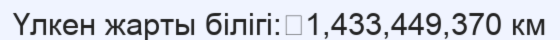
Үлкен жарты білігі:	1,433,449,370 км